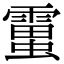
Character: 𧒜